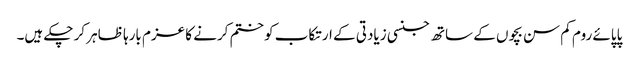
پاپائے روم کم سن بچوں کے ساتھ جنسی زیادتی کے ارتکاب کو ختم کرنے کا عزم بارہا ظاہر کر چکے ہیں۔